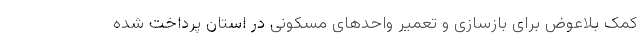
کمک بلاعوض برای بازسازی و تعمیر واحدهای مسکونی در استان پرداخت شده